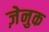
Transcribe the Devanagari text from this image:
ज़ेनुक